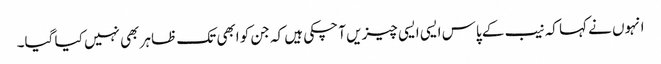
انہوں نے کہا کہ نیب کے پاس ایسی ایسی چیزیں آ چکی ہیں کہ جن کو ابھی تک ظاہر بھی نہیں کیا گیا۔